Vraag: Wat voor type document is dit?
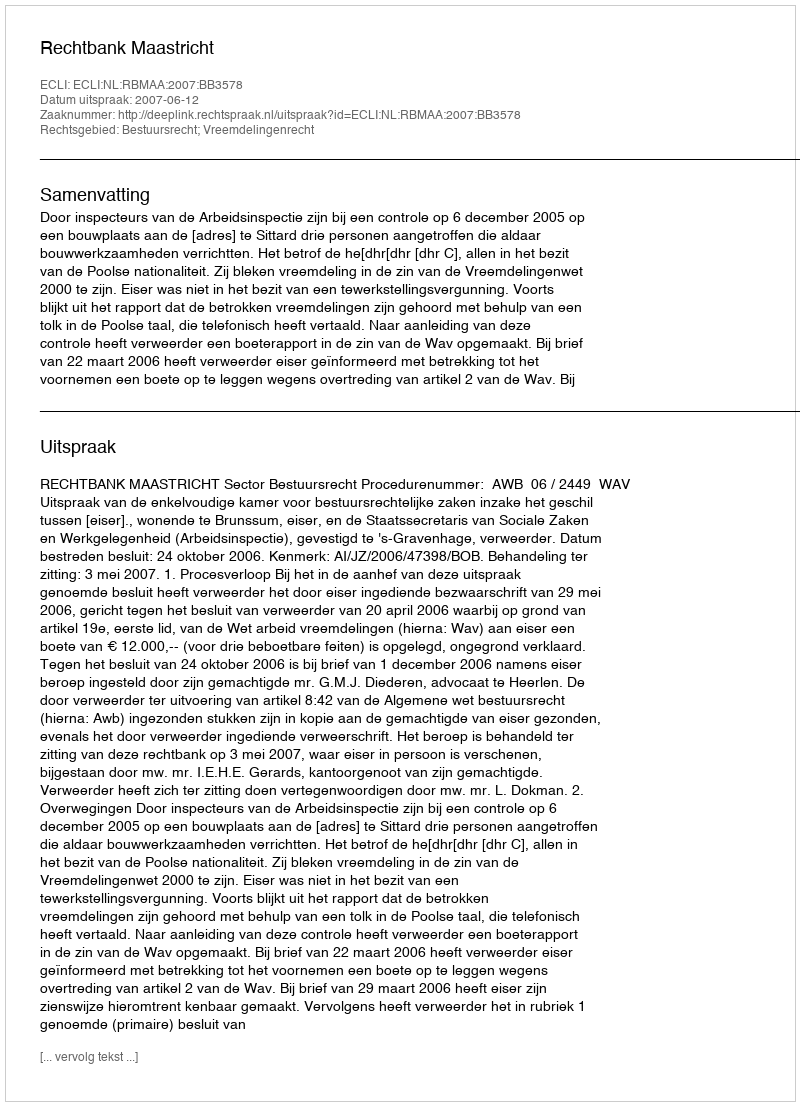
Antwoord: Uitspraak